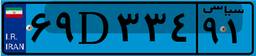
۶۹D۳۳۴۹۱